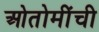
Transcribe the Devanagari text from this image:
ओतोमींची